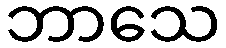
ဘာသေ